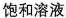
饱和溶液